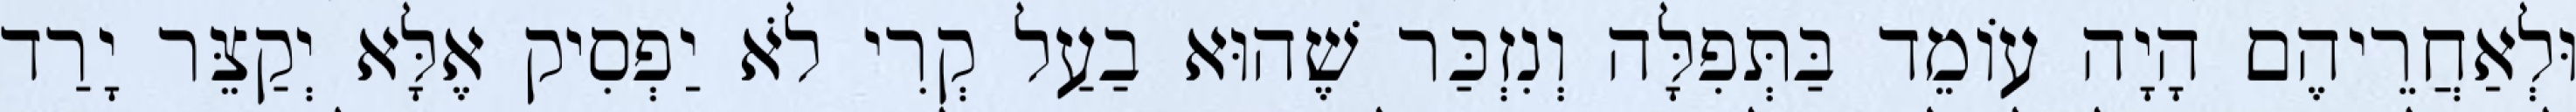
וּלְאַחֲרֵיהֶם הָיָה עוֹמֵד בַּתְּפִלָּה וְנִזְכַּר שֶׁהוּא בַעַל קְרִי לֹא יַפְסִיק אֶלָּא יְקַצֵּר יָרַד